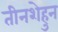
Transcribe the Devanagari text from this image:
तीनशेहुन